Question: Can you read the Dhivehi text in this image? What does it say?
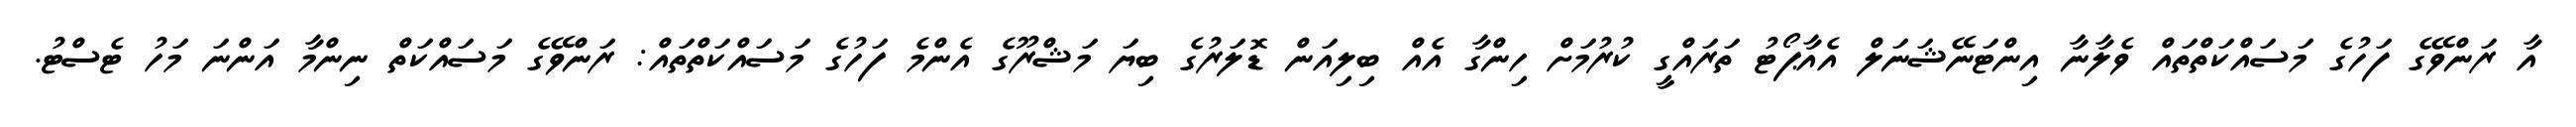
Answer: އާ ރަންވޭގެ ފަހުގެ މަސައްކަތްތައް ވެލާނާ އިންޓަނޭޝަނަލް އެއާޕޯޓު ތަރައްގީ ކުރުމަށް ހިންގާ އެއް ބިލިއަން ޑޮލަރުގެ ބިޔަ މަޝްރޫގެ އެންމެ ފަހުގެ މަސައްކަތްތައް: ރަންވޭގެ މަސައްކަތް ނިންމާ އަންނަ މަހު ޓެސްޓު.